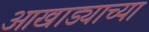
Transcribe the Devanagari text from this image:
आखाड्याच्या